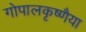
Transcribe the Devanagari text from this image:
गोपालकृष्णैया